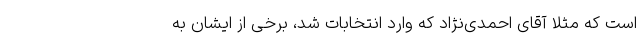
است که مثلا آقای احمدی‌نژاد که وارد انتخابات شد، برخی از ایشان به